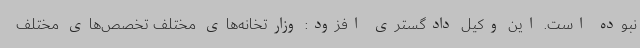
نبوده است. این وکیل دادگستری افزود: وزارتخانه‌های مختلف تخصص‌های مختلف